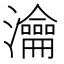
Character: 瀹